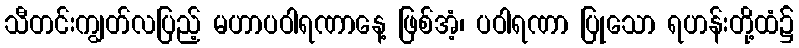
သီတင်းကျွတ်လပြည့် မဟာပဝါရဏာနေ့ ဖြစ်အံ့၊ ပဝါရဏာ ပြုသော ရဟန်းတို့ထံ၌